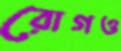
রোগও